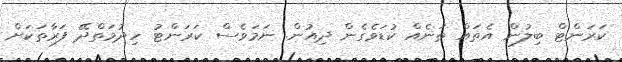
ކަރަންޓް ބިލުން އެތައް ތަނެއް ކުޑަވެގެން ދިއުން. ނަމަވެސް ކަރަންޓު ހިދުމަތްދޭ ފަރާތަކަށް